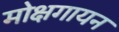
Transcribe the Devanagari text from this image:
मोक्षगायन